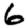
Digit: 6